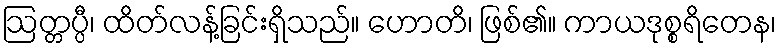
ဩတ္တပ္ပီ၊ ထိတ်လန့်ခြင်းရှိသည်။ ဟောတိ၊ ဖြစ်၏။ ကာယဒုစ္စရိတေန၊